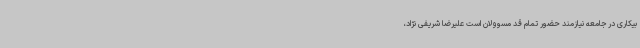
بیکاری در جامعه نیازمند حضور تمام قد مسوولان است علیرضا شریفی نژاد،